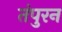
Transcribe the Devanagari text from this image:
तंपुरन